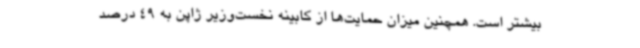
بیشتر است. همچنین میزان حمایت‌ها از کابینه نخست‌وزیر ژاپن به 49 درصد